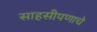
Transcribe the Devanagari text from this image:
साहसीपणाचे